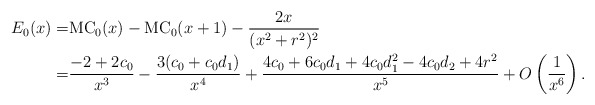
\begin{align*}E_0(x)=&\mathrm{MC}_0(x)-\mathrm{MC}_0(x+1)-\frac{2x}{(x^2+r^2)^2}\\=&\frac{-2 + 2 c_0}{x^3} - \frac{ 3 (c_0 + c_0 d_1)}{x^4} +\frac{4 c_0 + 6 c_0 d_1 + 4 c_0 d_1^2 - 4 c_0 d_2 + 4 r^2}{x^5}+O\left(\frac{1}{x^6}\right).\end{align*}